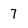
Character: 7